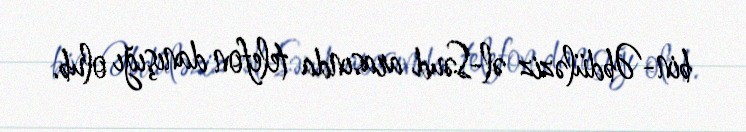
bin-Əbdüləziz əl-Səud arasında telefon danışığı olub.